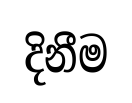
දිනීම